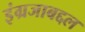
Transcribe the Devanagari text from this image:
इंग्रजाबद्दल